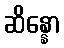
ဆိန္နော